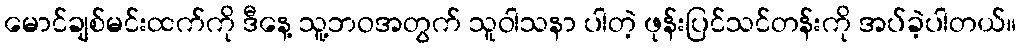
မောင်ချစ်မင်းထက်ကို ဒီနေ့ သူ့ဘဝအတွက် သူဝါသနာ ပါတဲ့ ဖုန်းပြင်သင်တန်းကို အပ်ခဲ့ပါတယ်။